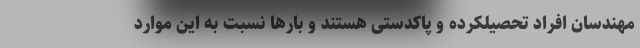
مهندسان افراد تحصیلکرده و پاکدستی هستند و بارها نسبت به این موارد